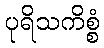
ပုရိသကိစ္စံ